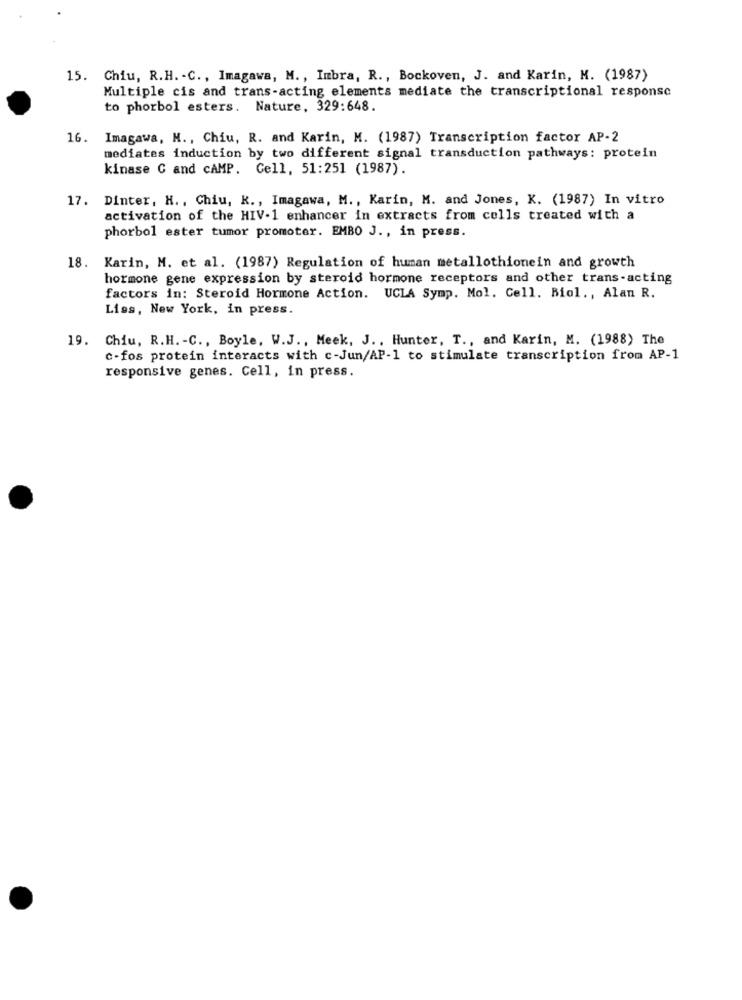
15. Chiu, R.H. - C ., Imagawa, M ., Imbra, R ., Bockoven, J. and Karin, M. (1987)
Multiple cis and trans-acting elements mediate the transcriptional response
to phorbol esters. Nature, 329:648.
16. Imagawa, H ., Chiu, R. and Karin, M. (1987) Transcription factor AP-2
mediates induction by two different signal transduction pathways: protein
kinase C and cAMP. Cell, 51:251 (1987).
17. Dinter, H ., Chiu, K ., Imagawa, M ., Karin, M. and Jones, K. (1987) In vitro
activation of the HIV-1 enhancer in extracts from cells treated with a
phorbol ester tumor promoter. EMBO J ., in press.
18. Karin, M. et al. (1987) Regulation of human metallothionein and growth
hormone gene expression by steroid hormone receptors and other trans-acting
factors in: Steroid Hormone Action. UCLA Symp. Mol. Cell. Biol ., Alan R.
Liss, New York, in press.
19. Chiu, R.H. - C ., Boyle, W.J ., Meek, J ., Hunter, T ., and Karin, M. (1988) The
c-fos protein interacts with c-Jun/AP-1 to stimulate transcription from AP-1
responsive genes. Cell, in press.